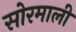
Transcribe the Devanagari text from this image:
सोरमाली